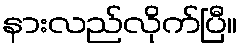
နားလည်လိုက်ပြီ။